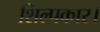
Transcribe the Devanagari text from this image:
शिल्पकार।